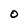
Character: 0